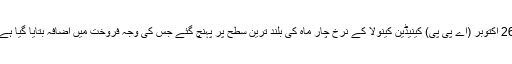
26 اکتوبر (اے پی پی) کینیڈین کینولا کے نرخ چار ماہ کی بلند ترین سطح پر پہنچ گئے جس کی وجہ فروخت میں اضافہ بتایا گیا ہے۔